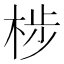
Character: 𮲳